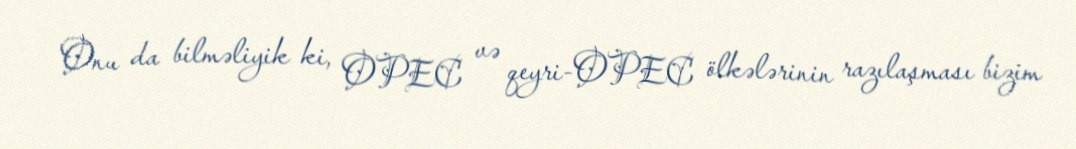
Onu da bilməliyik ki, OPEC və qeyri-OPEC ölkələrinin razılaşması bizim